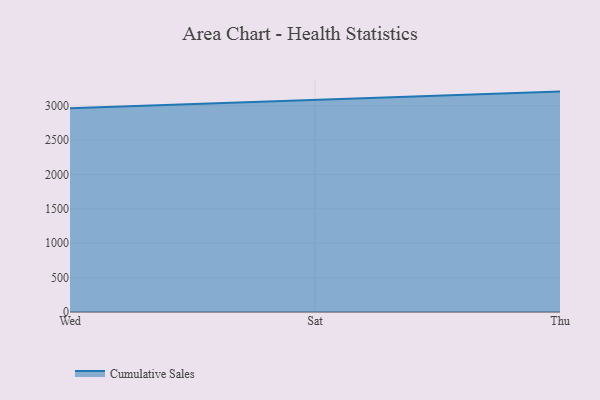
{"axis": {"x": "Day", "y": "Net Income (USD K)"}, "legend": ["Cumulative Sales"], "data": [{"x": "Wed", "y": 2963.1, "type": "Cumulative Sales"}, {"x": "Sat", "y": 3087.6, "type": "Cumulative Sales"}, {"x": "Thu", "y": 3205.5, "type": "Cumulative Sales"}]}